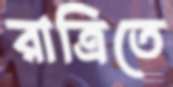
রাত্রিতে